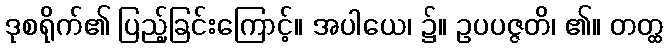
ဒုစရိုက်၏ ပြည့်ခြင်းကြောင့်။ အပါယေ၊ ၌။ ဥပပဇ္ဇတိ၊ ၏။ တတ္ထ